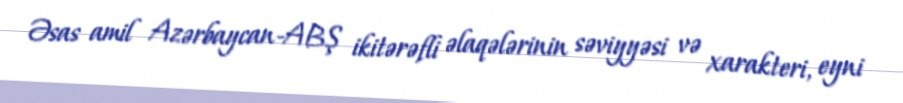
Əsas amil Azərbaycan-ABŞ ikitərəfli əlaqələrinin səviyyəsi və xarakteri, eyni